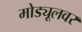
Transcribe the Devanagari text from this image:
मोड्यूलवर